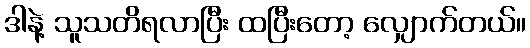
ဒါနဲ့ သူသတိရလာပြီး ထပြီးတော့ လျှောက်တယ်။